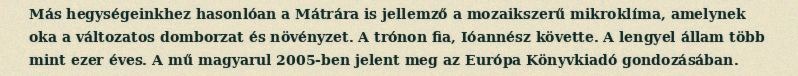
Más hegységeinkhez hasonlóan a Mátrára is jellemző a mozaikszerű mikroklíma, amelynek oka a változatos domborzat és növényzet. A trónon fia, Ióannész követte. A lengyel állam több mint ezer éves. A mű magyarul 2005-ben jelent meg az Európa Könyvkiadó gondozásában.